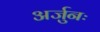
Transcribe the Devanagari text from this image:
अर्जुनः